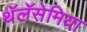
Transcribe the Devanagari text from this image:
थॅलॅसेमिया